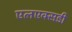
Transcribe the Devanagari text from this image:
एलएक्सडी